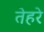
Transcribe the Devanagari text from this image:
तेहरे